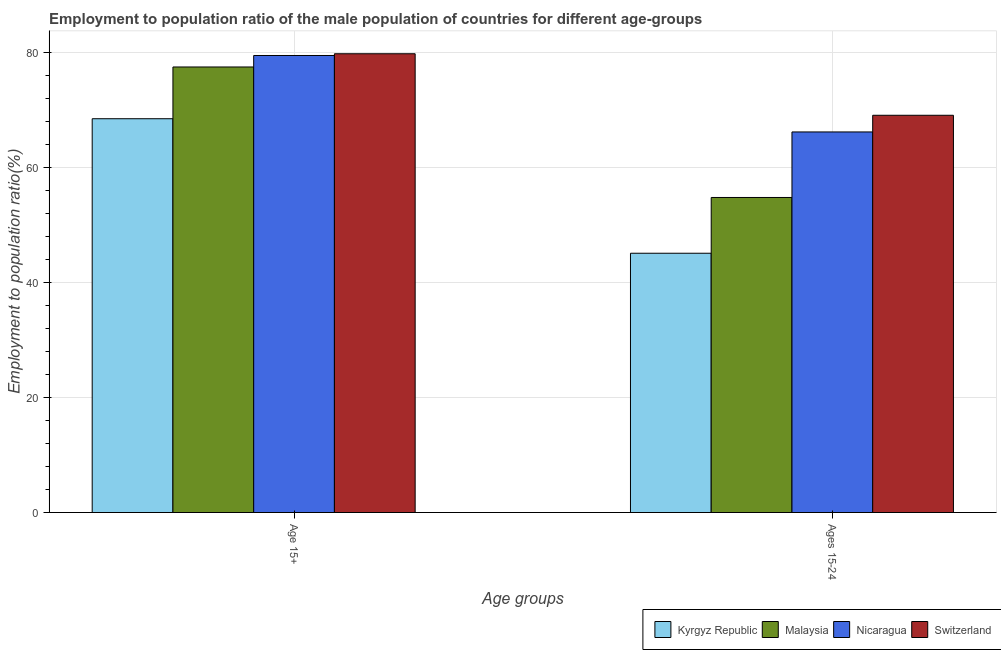
| Age groups | Kyrgyz Republic | Malaysia | Nicaragua | Switzerland |
 | --- | --- | --- | --- | --- |
 | Age 15+ | 68.5 | 77.5 | 79.5 | 79.8 |
 | Ages 15-24 | 45.1 | 54.8 | 66.2 | 69.1 |